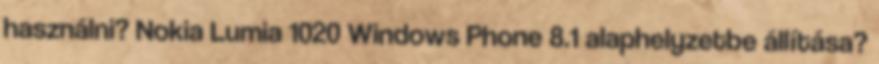
használni? Nokia Lumia 1020 Windows Phone 8.1 alaphelyzetbe állítása?